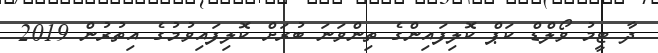
ދާ ޓީމު ވޯލްޑް ކަޕް ކޮލިފައިންގެ ތިންވަނަ ބުރަށް ކޮލިފައިވުމުގެ އިތުރުން 2019